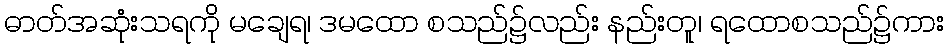
ဓာတ်အဆုံးသရကို မချေရ၊ ဒမထော စသည်၌လည်း နည်းတူ၊ ရထောစသည်၌ကား